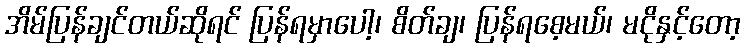
အိမ်ပြန်ချင်တယ်ဆိုရင် ပြန်ရမှာပေါ့၊ စိတ်ချ၊ ပြန်ရစေ့မယ်၊ မငိုနှင့်တော့